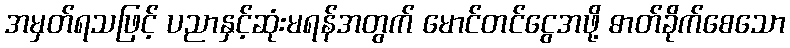
အမှတ်ရသဖြင့် ပညာနှင့်ဆုံးမရန်အတွက် မောင်တင်ငွေအဖို့ ဓာတ်ခိုက်စေသော